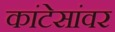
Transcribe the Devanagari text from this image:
कांटेसांवर